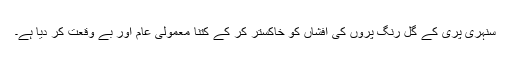
سنہری پری کے گل رنگ پروں کی افشاں کو خاکستر کر کے کتنا معمولی عام اور بے وقعت کر دیا ہے۔